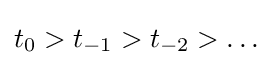
t_{0}>t_{-1}>t_{-2}>\dots